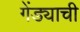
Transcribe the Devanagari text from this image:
गेंड्याची